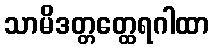
သာမိဒတ္တတ္ထေရဂါထာ